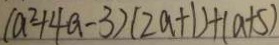
( a ^ { 2 } + 4 a - 3 ) ( 2 a + 1 ) + ( a + 5 )